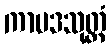
ကာမဒသုတ္တံ